Annual report of the Punjab Veterinary College and of the Civil Veterinary Department, Punjab - 1926-1932
Year: 1926
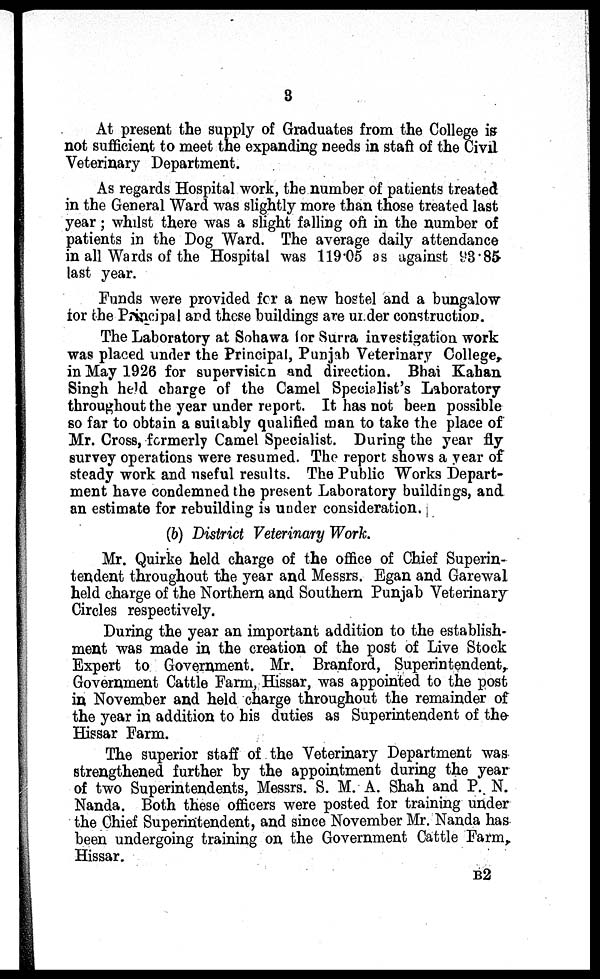
3
At present the supply of Graduates from the College is
not sufficient to meet the expanding needs in staff of the Civil
Veterinary Department.
As regards Hospital work, the number of patients treated
in the General Ward was slightly more than those treated last
year; whilst there was a slight falling off in the number of
patients in the Dog Ward. The average daily attendance
in all Wards of the Hospital was 119.05 as against 93.85
last year.
Funds were provided for a new hostel and a bungalow
for the Principal and these buildings are under construction.
The Laboratory at Sohawa for Surra investigation work
was placed under the Principal, Punjab Veterinary College,
in May 1926 for supervision and direction. Bhai Kahan
Singh held charge of the Camel Specialist's Laboratory
throughout the year under report. It has not been possible
so far to obtain a suitably qualified man to take the place of
Mr. Cross, formerly Camel Specialist. During the year fly
survey operations were resumed. The report shows a year of
steady work and useful results. The Public Works Depart-
ment have condemned the present Laboratory buildings, and
an estimate for rebuilding is under consideration.
(b) District Veterinary Work.
Mr. Quirke held charge of the office of Chief Superin-
tendent throughout the year and Messrs. Egan and Garewal
held charge of the Northern and Southern Punjab Veterinary
Circles respectively.
During the year an important addition to the establish-
ment was made in the creation of the post of Live Stock
Expert to Government. Mr. Branford, Superintendent,
Government Cattle Farm, Hissar, was appointed to the post
in November and held charge throughout the remainder of
the year in addition to his duties as Superintendent of the
Hissar Farm.
The superior staff of the Veterinary Department was
strengthened further by the appointment during the year
of two Superintendents, Messrs. S. M. A. Shah and P. N.
Nanda. Both these officers were posted for training under
the Chief Superintendent, and since November Mr. Nanda has
been undergoing training on the Government Cattle Farm,
Hissar.
B 2